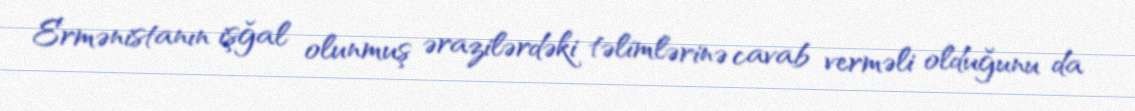
Ermənistanın işğal olunmuş ərazilərdəki təlimlərinə cavab verməli olduğunu da